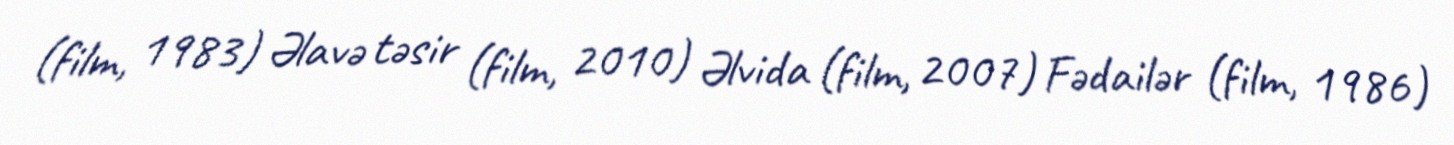
(film, 1983) Əlavə təsir (film, 2010) Əlvida (film, 2007) Fədailər (film, 1986)